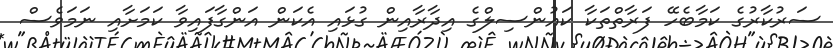
ސަރުކާރުގެ ކަމާބެހޭ ފަރާތްތަކާ ކައުންސިލްގެ އިދާރާއިން ގުޅައި އެކަން އަންގާފައިވާ ކަމަށާއި ނަމަވެސް